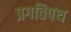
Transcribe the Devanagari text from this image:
प्रगतिपथ